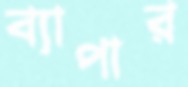
ব্যাপার